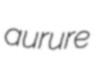
aurure